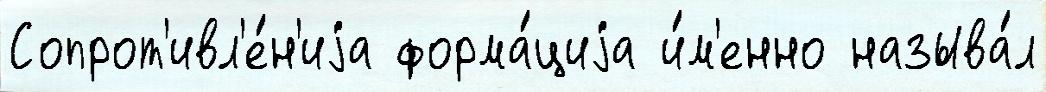
Сопрот'ивл'е́н'иjа форма́циjа и́м'енно называ́л